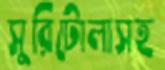
সুরিটোলাসহ